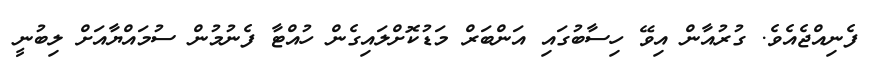
ފެނިއްޖެއެވެ. ގުރުއާން އިވޭ ހިސާބުގައި އަންބަރް މަޑުކޮށްލައިގެން ހުއްޓާ ފެނުމުން ސުމައްޔާއަށް ލިބުނީ